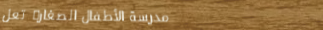
مدرسة الأطفال الصغار: تعل